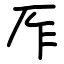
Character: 厏